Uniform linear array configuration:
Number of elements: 4
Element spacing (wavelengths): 1
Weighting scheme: uniform
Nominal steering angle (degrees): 60
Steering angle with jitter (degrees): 61.943
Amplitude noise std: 0.05
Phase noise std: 0.05

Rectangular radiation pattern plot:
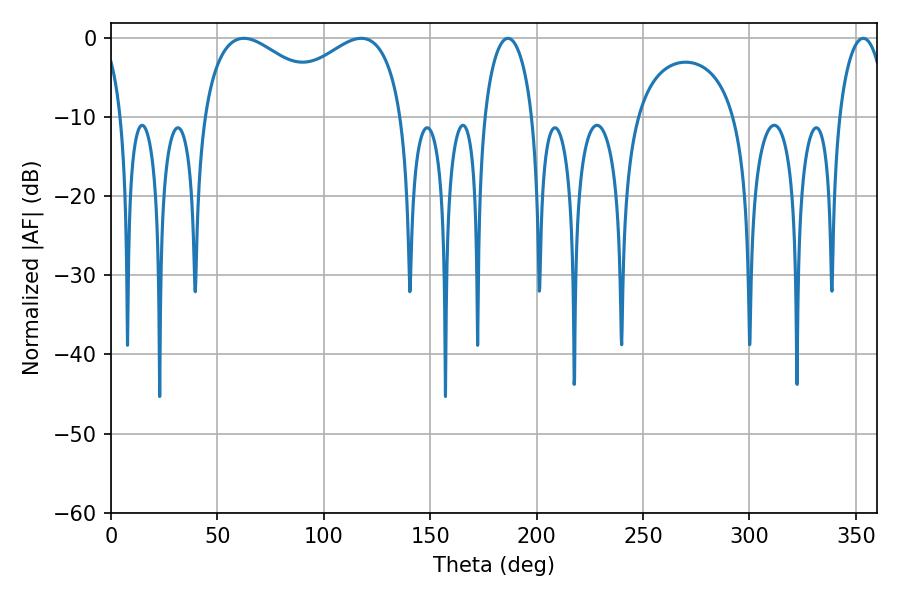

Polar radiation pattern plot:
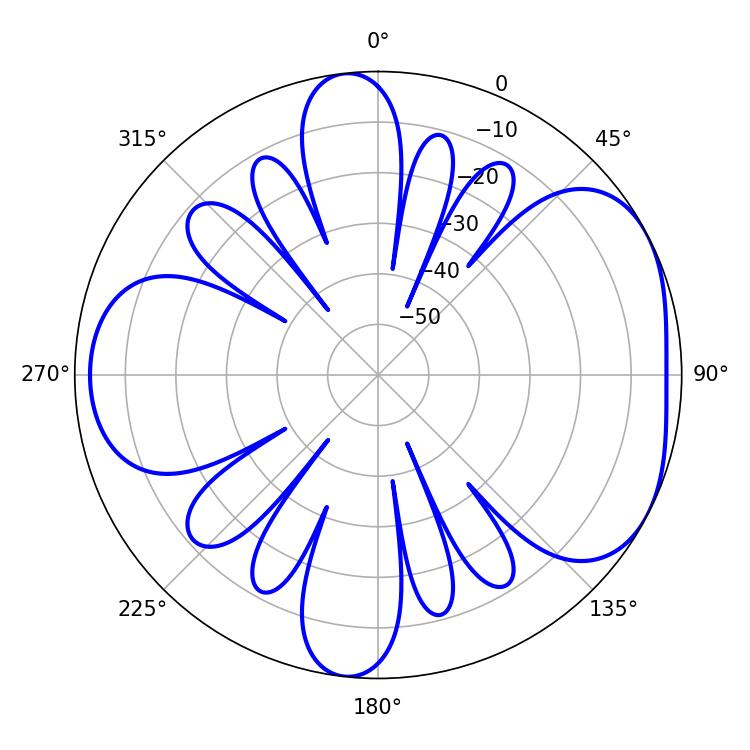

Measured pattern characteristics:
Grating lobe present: TRUE
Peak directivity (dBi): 4.87
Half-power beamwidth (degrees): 38.16
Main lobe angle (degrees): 62.46